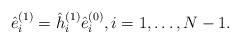
LaTeX: \begin{align*} \hat{e}_{i}^{( 1 )} = \hat{h}_{i}^{( 1 )} \hat{e}_{i}^{( 0 )}, i = 1, \dots , N - 1. \end{align*}